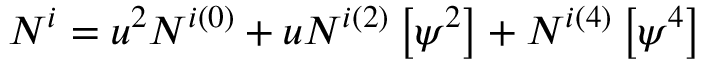
N ^ { i } = u ^ { 2 } N ^ { i ( 0 ) } + u N ^ { i ( 2 ) } \left[ \psi ^ { 2 } \right] + N ^ { i ( 4 ) } \left[ \psi ^ { 4 } \right]